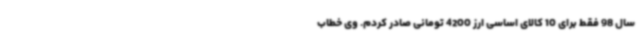
سال 98 فقط برای 10 کالای اساسی ارز 4200 تومانی صادر کردم. وی خطاب